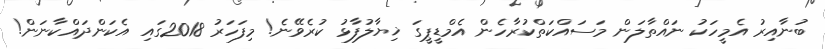
ބުނާއިރު އެމީހަކު ނައްތާލަން މަސައްކަތްކުރާހެން އެމްޑީޕީގަ ޚިޔާލުފާޅު ކުރެވޭނެ! މިފަހަރު 2018ގައި އެކަންދައްކާނަން!